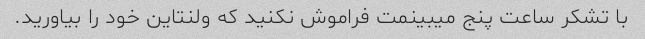
با تشکر ساعت پنج میبینمت فراموش نکنید که ولنتاین خود را بیاورید.